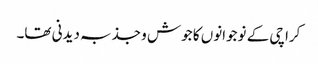
کراچی کے نوجوانوں کا جوش و جذبہ دیدنی تھا۔